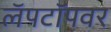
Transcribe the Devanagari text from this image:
लॅपटॉपवर